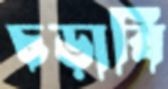
চড়াবি